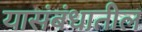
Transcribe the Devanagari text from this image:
यासंबंधातील